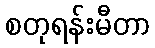
စတုရန်းမီတာ